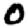
Digit: 0